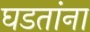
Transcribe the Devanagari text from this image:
घडतांना